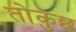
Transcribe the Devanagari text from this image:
तोकुछ